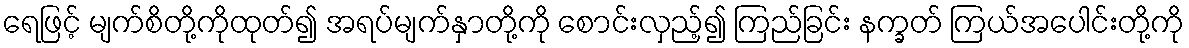
ရေဖြင့် မျက်စိတို့ကိုထုတ်၍ အရပ်မျက်နှာတို့ကို စောင်းလှည့်၍ ကြည်ခြင်း နက္ခတ် ကြယ်အပေါင်းတို့ကို